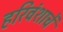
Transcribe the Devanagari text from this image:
हरिवंशाचें